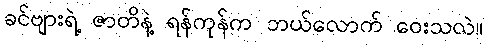
ခင်ဗျားရဲ့ ဇာတိနဲ့ ရန်ကုန်က ဘယ်လောက် ဝေးသလဲ။